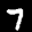
Label: 7